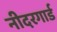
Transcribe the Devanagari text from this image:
नीदरगार्ड